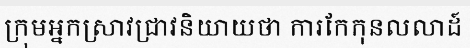
ក្រុមអ្នកស្រាវជ្រាវនិយាយថា ការកែកុនលលាដ៍